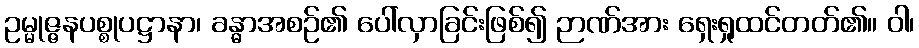
ဥမ္မုဇ္ဇနပစ္စုပဋ္ဌာနာ၊ ခန္ဓာအစဉ်၏ ပေါ်လှာခြင်းဖြစ်၍ ဉာဏ်အား ရှေးရှုထင်တတ်၏။ ဝါ၊